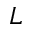
L